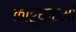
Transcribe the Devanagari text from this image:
कार्यकमो